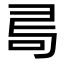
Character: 𠰟